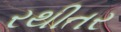
રથીતર